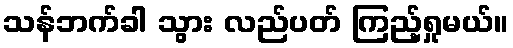
သန်ဘက်ခါ သွား လည်ပတ် ကြည့်ရှုမယ်။